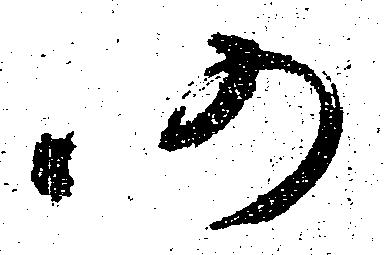
仍